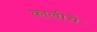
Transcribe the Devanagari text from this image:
कालीचे